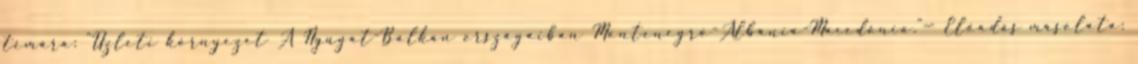
témára: "Üzleti környezet A Nyugat-Balkán országaiban Montenegró-Albánia-Macedónia."— Előadás másolata: